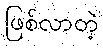
ဖြစ်လာတဲ့